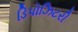
ડિપોઝિટરી